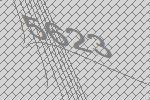
5623